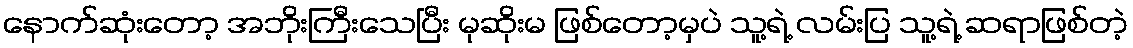
နောက်ဆုံးတော့ အဘိုးကြီးသေပြီး မုဆိုးမ ဖြစ်တော့မှပဲ သူ့ရဲ့ လမ်းပြ သူ့ရဲ့ ဆရာဖြစ်တဲ့